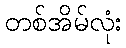
တစ်အိမ်လုံး